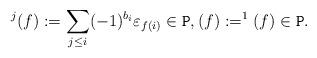
LaTeX: \begin{align*}^j(f) :=\sum_{j\le i}(-1)^{b_i}\varepsilon_{f(i)}\in \texttt{P},(f):=^{1}(f)\in \texttt{P}.\end{align*}